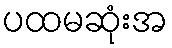
ပထမဆုံးအ